Medical and sanitary report of the native army of Bengal for the year
Year: 1874
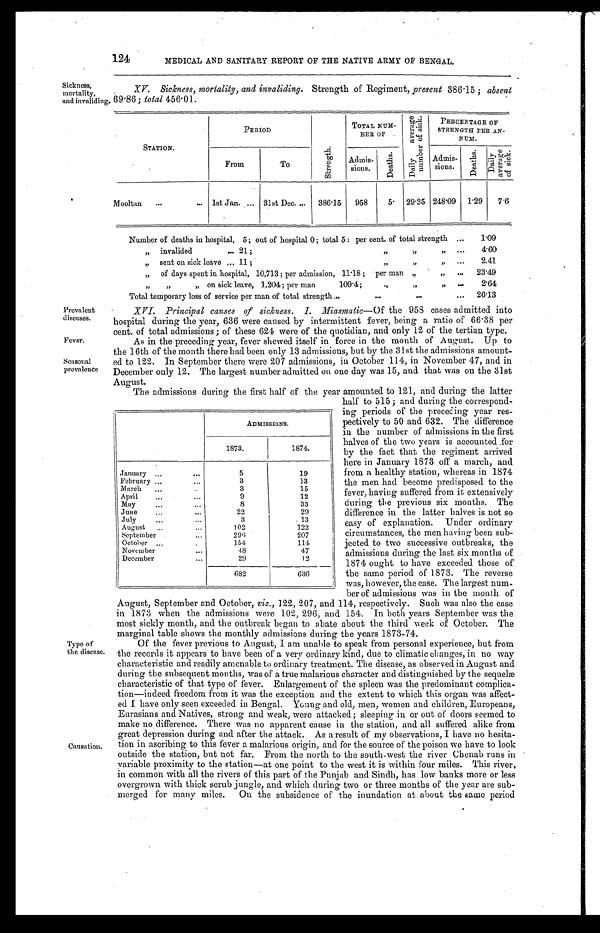
Prevalent
diseases.
Fever.
Seasonal
prevalence
124
MEDICAL AND SANITARY REPORT OF THE NATIVE ARMY OF BENGAL.
Sickness,
mortality,
and invaliding.
XV. Sickness, mortality, and invaliding. Strength of Regiment, present 386.15 ; absent
69.86; total 456.01.
STATION.
PERIOD
S t r e n g t h .
TOTAL NUM-
BER OF
D a i l y a v e r a g e n u m b e r o f s i c k .
PERCENTAGE OF
STRENGTH PER AN-
NUM.
From
To
Admis-
sions.
D e a t h s .
Admis-
sions.
D e a t h s .
D a i l y a v e r a g e o f s i c k .
Mooltan . . .
1st Jan. . . .
31st Dec. . . .
386.15
958
5 .
29.35 248.09
1.29
7.6
Number of deaths in hospital, 5; out of hospital 0; total 5 : per cent of total strength . . .
1.09
" invalided . . . 21; " " " . . .
4.60
" s e n t o n s i c k l e a v e . . . 1 1 ; " " " . . .
2.41
" of days spent in hospital, 10,713 ; per admission, 11.18 ; per man " " . . .
23.49
" " " on sick leave, 1,204 ; per man 109.4; " " " . . .
2.64
Total temporary loss of service per man of total strength . . .
26.13
Type of
the disease.
Causation.
XVI. Principal causes of sickness. I. Miasmatic— Of the 958 cases admitted into
hospital during the year, 636 were caused by intermittent fever, being a ratio of 66.38 per
cent of total admissions of these 624 were of the quotidian, and only 12 of the tertian type.
As in the preceding year, fever sheaved itself in force in the month of August. Up to
the 16th of the month there had been only 13 admissions, but by the 31st the admissions amount
-
ed to 122. In September there were 207 admissions, in October 114, in November 47, and in
December only 12. The largest number admitted on one day was 15, and that was on the 31st
August.
The admissions during the first half of the year amounted to 121, and during the latter
half to 515; and during the correspond
-ing periods of the preceding year res
-
pectively to 50 and 632. The difference
in the number of admissions in the first
halves of the two years is accounted for
by the fact that the regiment arrived
here in January 1873 off a march, and
from a healthy station, whereas in 1874
the men had become predisposed to the
fever, having suffered from it extensively
during the previous six months. The
difference in the latter halves is not so
easy of explanation. Under ordinary
circumstances, the men having been sub
-
jected to two successive outbreaks, the
admissions during the last six months of
1874 ought to have exceeded those of
the same period of 1873. The reverse
was, however, the case. The largest num
-
ber of admissions was in the month of
August, September and October, viz., 122, 207, and 114, respectively. Such was also the case
in 1873 when the admissions were 102, 296, and 154. In both years September was the
most sickly month, and the outbreak began to abate about the third week of October. The
marginal table shows the monthly admissions during the years 1873-74.
Of the fever previous to August, I am unable tospeak from personal experience, but from
the records it appears to have been of a very ordinary kind, due to climatic changes, in no way
characteristic and readily amenable to ordinary treatment. The disease, as observed in August and
during the subsequent months, was of a true malarious character and distinguished by the sequelæ
characteristic of that type of fever. Enlargement of the spleen was the predominant complica
-
tion—indeed freedom from it was the exception and the extent to which this organ was affect
-
ed I have only seen exceeded in Bengal. Young and old, men, women and children, Europeans,
Eurasians and Natives, strong and weak, were attacked; sleeping in or out of doors seemed to
make no difference. There was no apparent cause in the station, and all suffered alike from
great depression during and after the attack. As a result of my observations
I h a v e n o h e s i t a -
t i o n i n a s c r i b i n g t o t h i s f e v e r a m a l a r i o u s o r i g i n , a n d f o r t h e s o u r c e o f t h e p o i s o n w e h a v e t o l o o k
outside the station, but not far. From the north to the south-west the river Chenab runs in
variable proximity to the station—at one point to the west it is within four miles. This river,
in common with all the rivers of this part of the Punjab and Sindh, has low banks more or less
overgrown with thick scrub jungle, and which during two or three months of the year are sub
-
merged for many miles. On the subsidence of the inundation at about the same period
ADMISSIONS.
1873.
1874.
January . . .
5
19
February . . .
3
13
March . . .
3
15
April . . .
9
12
May . . .
8
33
June . . .
22
29
July . . .
3
13
August . . .
102
122
September . . .
296
207
October . . .
154
114
November . . .
48
47
December . . .
29
12
682
636